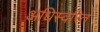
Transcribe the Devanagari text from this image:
अधिस्वरित